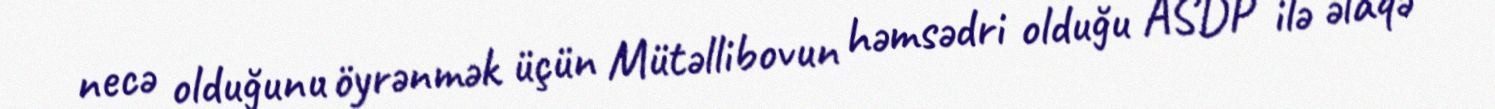
necə olduğunu öyrənmək üçün Mütəllibovun həmsədri olduğu ASDP ilə əlaqə